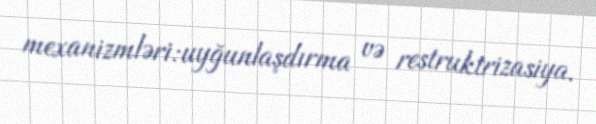
mexanizmləri:uyğunlaşdırma və restruktrizasiya.